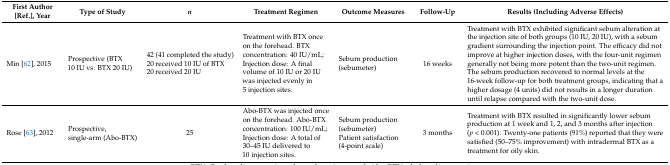
<table><thead><tr><td><b>First Author [Ref.], Year</b></td><td><b>Type of Study</b></td><td><b><i>n</i></b></td><td><b>Treatment Regimen</b></td><td><b>Outcome Measures</b></td><td><b>Follow-Up</b></td><td><b>Results (Including Adverse Effects)</b></td></tr></thead><tbody><tr><td>Min [62], 2015</td><td>Prospective (BTX 10 IU vs. BTX 20 IU)</td><td>42 (41 completed the study)20 received 10 IU of BTX20 received 20 IU</td><td>Treatment with BTX once on the forehead. BTX concentration: 40 IU/mL; Injection dose: A final volume of 10 IU or 20 IU was injected evenly in 5 injection sites.</td><td>Sebum production (sebumeter)</td><td>16 weeks</td><td>Treatment with BTX exhibited significant sebum alteration at the injection site of both groups (10 IU, 20 IU), with a sebum gradient surrounding the injection point. The efficacy did not improve at higher injection doses, with the four-unit regimen generally not being more potent than the two-unit regimen. The sebum production recovered to normal levels at the 16-week follow-up for both treatment groups, indicating that a higher dosage (4 units) did not results in a longer duration until relapse compared with the two-unit dose.</td></tr><tr><td>Rose [63], 2012</td><td>Prospective, single-arm (Abo-BTX)</td><td>25</td><td>Abo-BTX was injected once on the forehead. Abo-BTX concentration: 100 IU/mL; Injection dose: A total of 30–45 IU delivered to 10 injection sites.</td><td>Sebum production (sebumeter)Patient satisfaction (4-point scale)</td><td>3 months</td><td>Treatment with BTX resulted in significantly lower sebum production at 1 week and 1, 2, and 3 months after injection (<i>p</i> &lt; 0.001). Twenty-one patients (91%) reported that they were satisfied (50–75% improvement) with intradermal BTX as a treatment for oily skin.</td></tr></tbody></table>